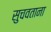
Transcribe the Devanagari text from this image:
सुचवताना